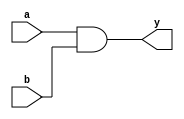
//----------------------------------------------------------------------------
// Copyright (C) 2009 , Olivier Girard
//
// Redistribution and use in source and binary forms, with or without
// modification, are permitted provided that the following conditions
// are met:
//     * Redistributions of source code must retain the above copyright
//       notice, this list of conditions and the following disclaimer.
//     * Redistributions in binary form must reproduce the above copyright
//       notice, this list of conditions and the following disclaimer in the
//       documentation and/or other materials provided with the distribution.
//     * Neither the name of the authors nor the names of its contributors
//       may be used to endorse or promote products derived from this software
//       without specific prior written permission.
//
// THIS SOFTWARE IS PROVIDED BY THE COPYRIGHT HOLDERS AND CONTRIBUTORS "AS IS"
// AND ANY EXPRESS OR IMPLIED WARRANTIES, INCLUDING, BUT NOT LIMITED TO, THE
// IMPLIED WARRANTIES OF MERCHANTABILITY AND FITNESS FOR A PARTICULAR PURPOSE
// ARE DISCLAIMED. IN NO EVENT SHALL THE COPYRIGHT HOLDER OR CONTRIBUTORS BE
// LIABLE FOR ANY DIRECT, INDIRECT, INCIDENTAL, SPECIAL, EXEMPLARY,
// OR CONSEQUENTIAL DAMAGES (INCLUDING, BUT NOT LIMITED TO, PROCUREMENT OF
// SUBSTITUTE GOODS OR SERVICES; LOSS OF USE, DATA, OR PROFITS; OR BUSINESS
// INTERRUPTION) HOWEVER CAUSED AND ON ANY THEORY OF LIABILITY, WHETHER IN
// CONTRACT, STRICT LIABILITY, OR TORT (INCLUDING NEGLIGENCE OR OTHERWISE)
// ARISING IN ANY WAY OUT OF THE USE OF THIS SOFTWARE, EVEN IF ADVISED OF
// THE POSSIBILITY OF SUCH DAMAGE
//
//----------------------------------------------------------------------------
//
// *File Name: omsp_and_gate.v
// 
// *Module Description:
//                       Generic AND gate cell for the openMSP430
//
// *Author(s):
//              - Olivier Girard,    olgirard@gmail.com
//
//----------------------------------------------------------------------------
// $Rev: 103 $
// $LastChangedBy: olivier.girard $
// $LastChangedDate: 2011-03-05 15:44:48 +0100 (Sat, 05 Mar 2011) $
//----------------------------------------------------------------------------

module  omsp_and_gate (

// OUTPUTs
    y,                         // AND gate output

// INPUTs
    a,                         // AND gate input A
    b                          // AND gate input B
);

// OUTPUTs
//=========
output         y;              // AND gate output

// INPUTs
//=========
input          a;              // AND gate input A
input          b;              // AND gate input B


//=============================================================================
// 1)  SOME COMMENTS ON THIS MODULE
//=============================================================================
//
//    In its ASIC version, some combinatorial pathes of the openMSP430 are
// sensitive to glitches, in particular the ones generating the wakeup
// signals.
//    To prevent synthesis from optmizing combinatorial clouds into glitchy
// logic, this AND gate module has been instanciated in the critical places.
//
//    Make sure that synthesis doesn't ungroup this module. As an alternative,
// a standard cell from the library could also be directly instanciated here
// (don't forget the "dont_touch" attribute)
//
//
//=============================================================================
// 2)  AND GATE
//=============================================================================

assign  y  =  a & b;


endmodule // omsp_and_gate